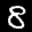
Label: 8